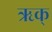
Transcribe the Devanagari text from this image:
ऋक्‌